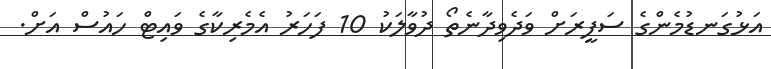
އަޅުގަނޑުމެންގެ ސަފީރަށް ވަދެވިދާނެތޯ ދުވާލަކު 10 ފަހަރު އެމެރިކާގެ ވައިޓް ހައުސް އަށް.